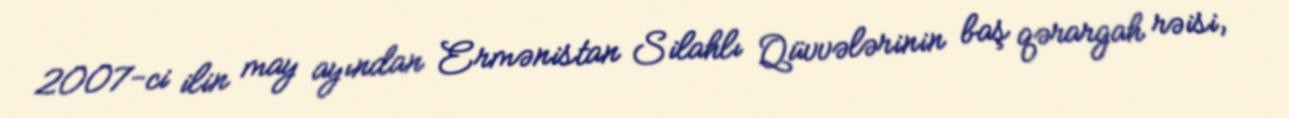
2007-ci ilin may ayından Ermənistan Silahlı Qüvvələrinin baş qərargah rəisi,